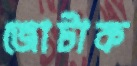
জোটাক